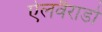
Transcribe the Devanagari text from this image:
ऐलवैराडो